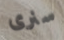
سنرى